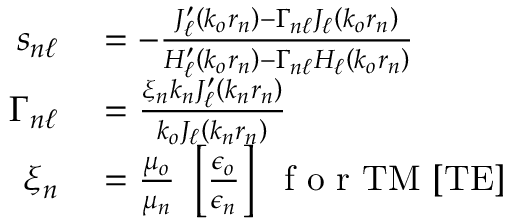
\begin{array} { r l } { s _ { n \ell } } & { { } = - \frac { J _ { \ell } ^ { \prime } \left( k _ { o } r _ { n } \right) - \Gamma _ { n \ell } J _ { \ell } \left( k _ { o } r _ { n } \right) } { H _ { \ell } ^ { \prime } \left( k _ { o } r _ { n } \right) - \Gamma _ { n \ell } H _ { \ell } \left( k _ { o } r _ { n } \right) } } \\ { \Gamma _ { n \ell } } & { { } = \frac { \xi _ { n } k _ { n } J _ { \ell } ^ { \prime } \left( k _ { n } r _ { n } \right) } { k _ { o } J _ { \ell } \left( k _ { n } r _ { n } \right) } } \\ { \xi _ { n } } & { { } = \frac { \mu _ { o } } { \mu _ { n } } ~ \left[ \frac { \epsilon _ { o } } { \epsilon _ { n } } \right] ~ \mathrm { ~ f ~ o ~ r ~ } \mathrm { T M } ~ [ \mathrm { T E } ] } \end{array}